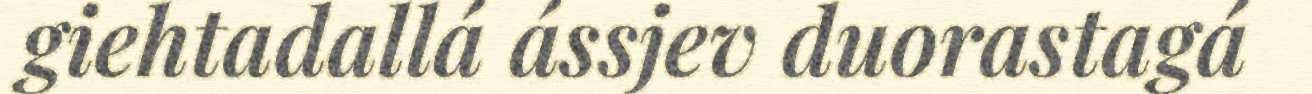
giehtadallá ássjev duorastagá